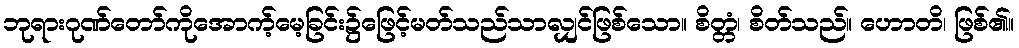
ဘုရားဂုဏ်တော်ကိုအောက့်မေ့ခြင်း၌ဖြေင့်မတ်သည်သာလျှင်ဖြစ်သော။ စိတ္တံ၊ စိတ်သည်။ ဟောတိ၊ ဖြစ်၏။